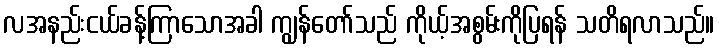
လအနည်းငယ်ခန့်ကြာသောအခါ ကျွန်တော်သည် ကိုယ့်အစွမ်းကိုပြရန် သတိရလာသည်။